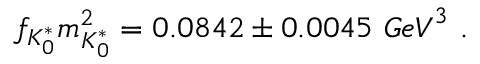
f _ { K _ { 0 } ^ { * } } m _ { K _ { 0 } ^ { * } } ^ { 2 } = 0 . 0 8 4 2 \pm 0 . 0 0 4 5 \ { G e V } ^ { 3 } \ .